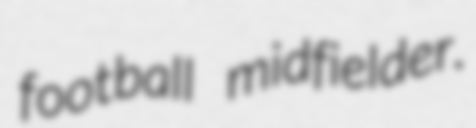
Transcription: football midfielder.